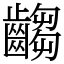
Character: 齺